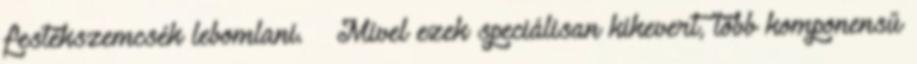
festékszemcsék lebomlani. – Mivel ezek speciálisan kikevert, több komponensű